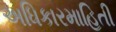
અધિકારમાહિતી